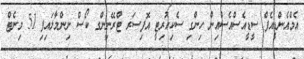
އެމްއެންޑީއެފް ސީޑީއެސްއެސްއިން ހިންގި ސެކިއުރިޓީ އޮފިސަރ ޓްރޭނިންގ ކޯސް ނިންމާލައިފި 51 މިނެޓް